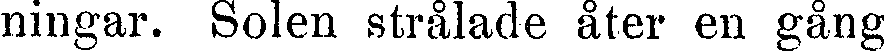
ningar. Solen strålade åter en gång